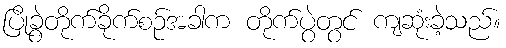
ပြိုခွဲတိုက်ခိုက်စဉ်အခါက တိုက်ပွဲတွင် ကျဆုံးခဲ့သည်။